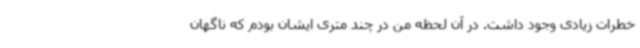
خطرات زیادی وجود داشت. در آن لحظه من در چند متری ایشان بودم که ناگهان